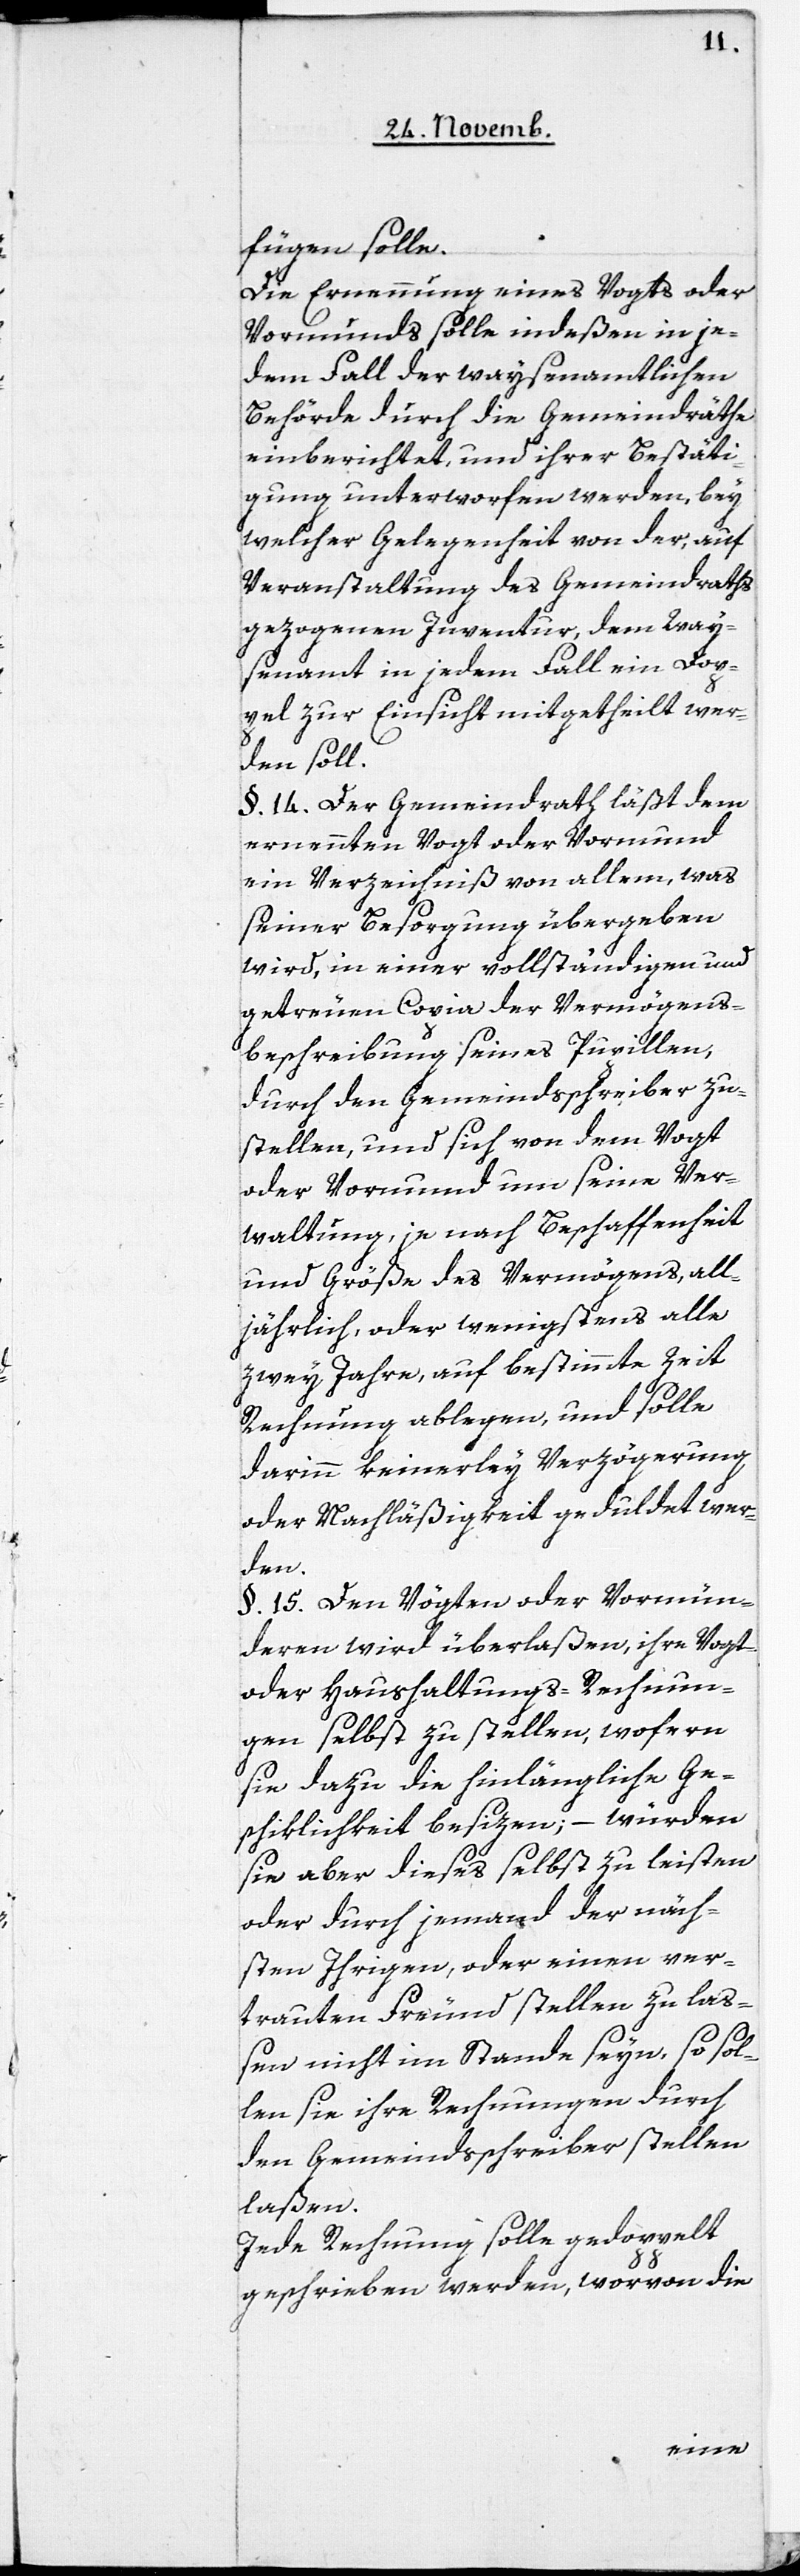
fügen solle.
Die Ernennung eines Vogts oder
Vormunds solle indeßen in je¬
dem Fall der waysenamtlichen
Behörde durch die Gemeindräthe
einberichtet, und ihrer Bestäti¬
gung unterworfen werden, bey
welcher Gelegenheit von der, auf
Veranstaltung des Gemeindraths
gezogenen Inventur, dem Way¬
senamt in jedem Fall ein Dop¬
pel zur Einsicht mitgetheilt wer¬
den soll.
§. 14. Der Gemeindrath läßt dem
ernennten Vogt oder Vormund
ein Verzeichniß von allem, was
seiner Besorgung übergeben
wird, in einer vollständigen und
getreuen Copia der Vermögen¬
beschreibung seines Pupillen,
durch den Gemeindsschreiber zu¬
stellen, und sich von dem Vogt
oder Vormund und seine Ver¬
waltung , je nach Beschaffenheit
und Größe des Vermögens, all¬
jährlich, oder wenigstens alle
zwey Jahre, auf bestimmte Zeit
Rechnung ablegen, und solle
darinn keinerley Verzögerung
oder Nachläßigkeit geduldet wer¬
den.
§. 15. Den Vögten oder Vormün¬
deren wird überlaßen, ihre Vogt-
oder Haushaltungs-Rechnun¬
gen selbst zu stellen, wofern
sie dazu die hinlängliche Ge¬
schiklichkeit besizen; – würden
sie aber dieses selbst zu leisten
oder durch jemand der näch¬
sten Ihrigen, oder einen ver¬
trauten Freund stellen zu laß¬
en nicht im Stande seyn, so sol¬
len sie ihre Rechnungen durch
den Gemeindsschreiber stellen
laßen.
Jede Rechnung solle gedoppelt
geschrieben werden, worvon die